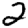
Digit: 2